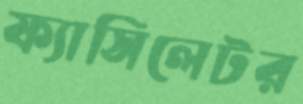
ফ্যাসিলেটর